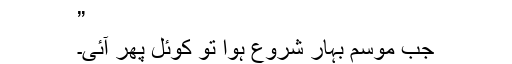
”
جب موسم بہار شروع ہوا تو کوئل پھر آئی۔